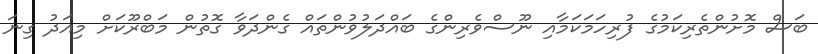
ބަސް މޮށުންތެރިކަމުގެ ފުރިހަމަކަމާއި ނޫސްވެރިންގެ ބައްދަލުވުންތައް ގެންދަވާ ގޮތުން މަބްރޫކަށް މިއަދު ގިނަ